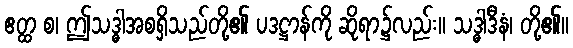
ဧတ္ထ စ၊ ဤသဒ္ဓါအစရှိသည်တို့၏ ပဒဋ္ဌာန်ကို ဆိုရာ၌လည်း။ သဒ္ဓါဒီနံ၊ တို့၏။